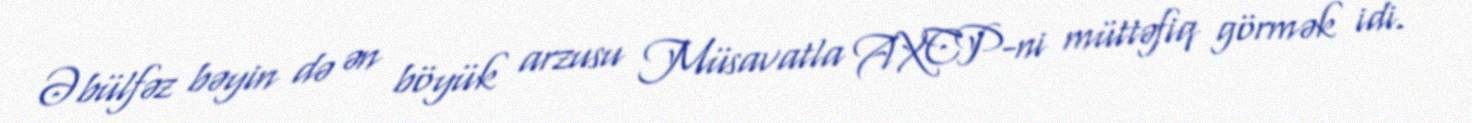
Əbülfəz bəyin də ən böyük arzusu Müsavatla AXCP-ni müttəfiq görmək idi.